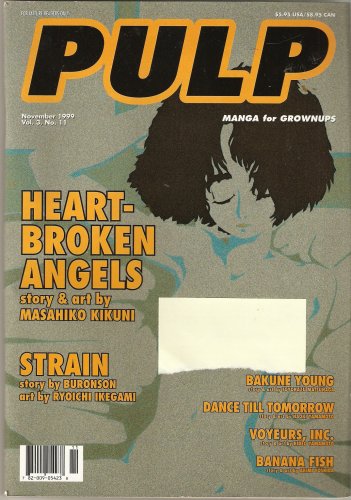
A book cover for Pulp: Manga for Grownups #11 Vol. 3 November 1999; Masahiko Kikuni; Comics & Graphic Novels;